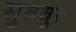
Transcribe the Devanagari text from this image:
सुतबुत